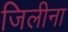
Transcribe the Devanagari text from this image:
जिलीना